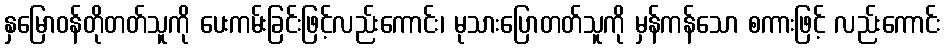
နှမြောဝန်တိုတတ်သူကို ပေးကမ်းခြင်းဖြင့်လည်းကောင်း၊ မုသားပြောတတ်သူကို မှန်ကန်သော စကားဖြင့် လည်းကောင်း